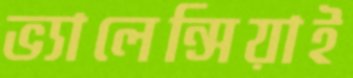
ভ্যালেন্সিয়াই